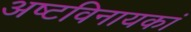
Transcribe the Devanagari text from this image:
अष्टविनायकां